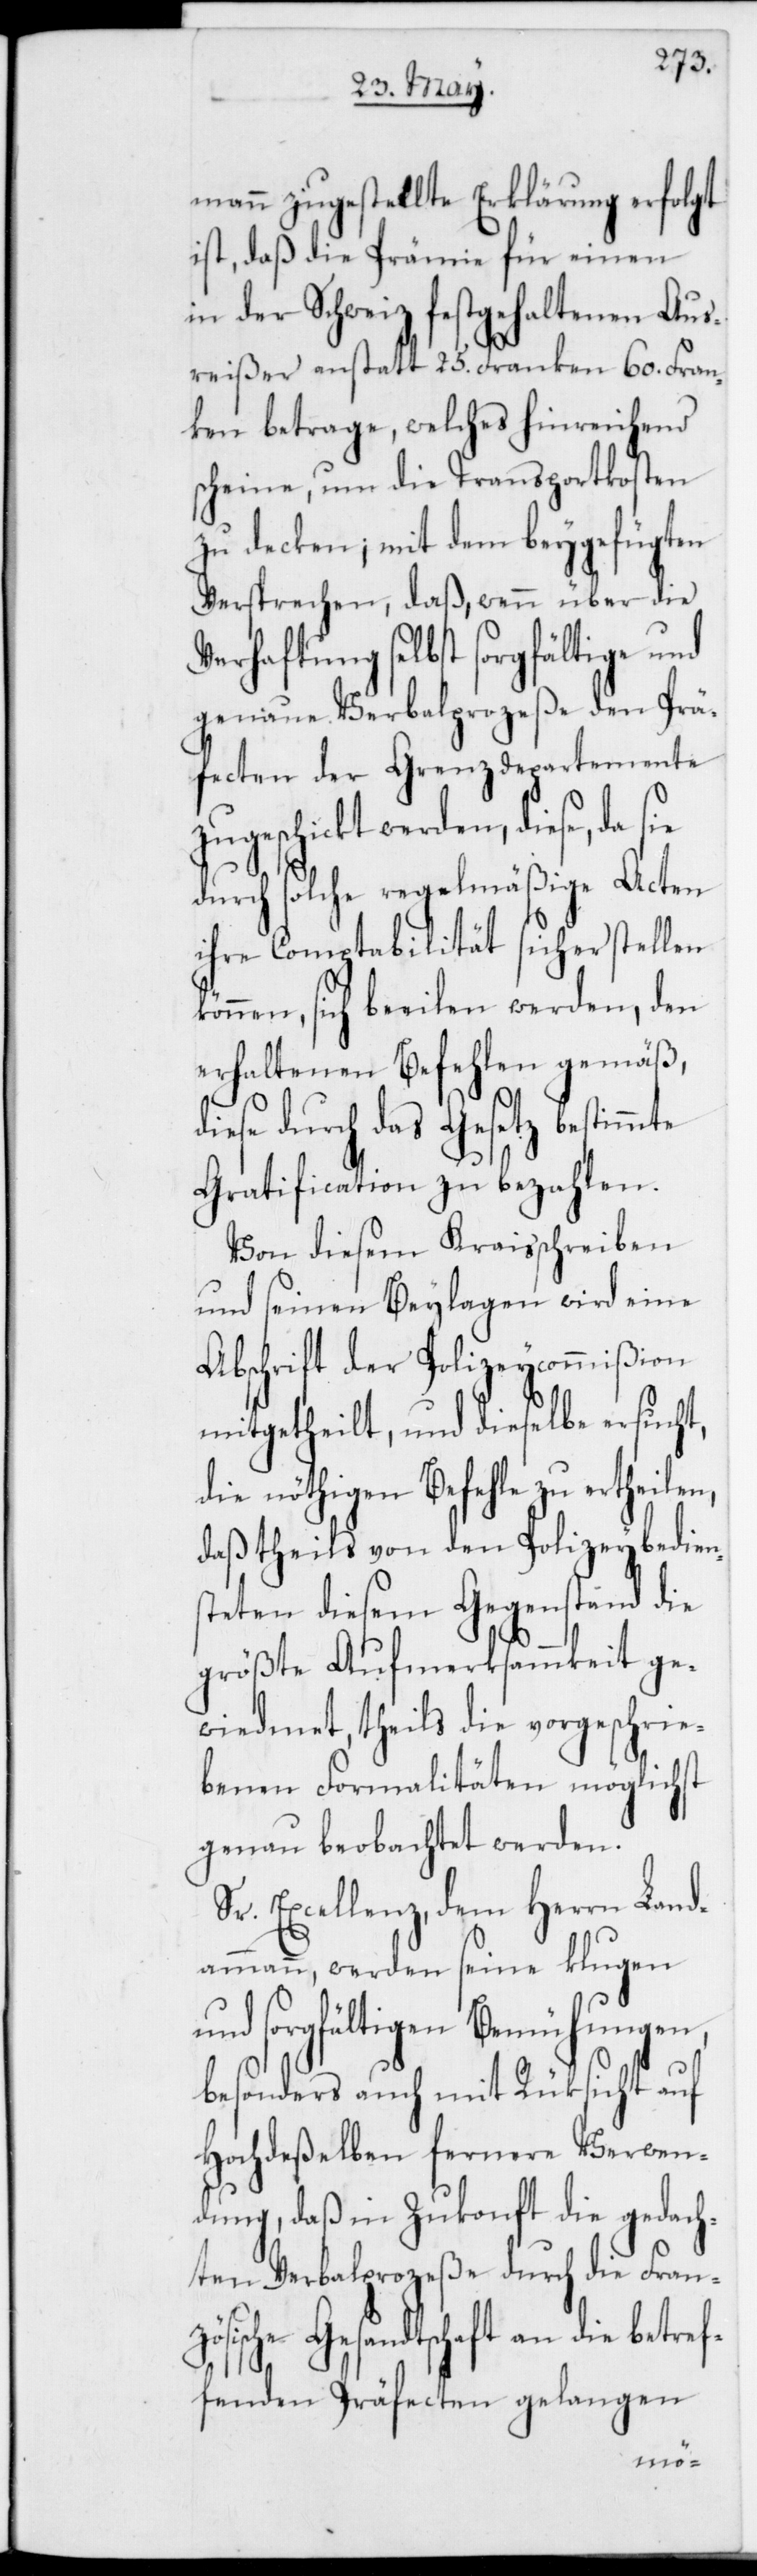
mann zugestellte Erklärung erfolgt
ist, daß die Prämie für einen
in der Schweiz festgehaltenen Aus¬
reißer anstatt 25. Franken 60. Fran¬
ken betrage, welches hinreichend
scheine, um die Transportkosten
zu decken; mit dem beygefügten
Versprechen, daß, wenn über die
Verhaftung selbst sorgfältige und
genaue Verbalprozeße den Prä¬
fecten der Grenzdepartemente
geschickt werden, diese, da
durch solche regelmäßige Acten
ihre Comptabilität sicherstellen
nnen, sich beeilen werden, den
erhaltenen Befehlen gemäß,
diese durch das Gesetz bestimmte
Gratification zu bezahlen.
Von diesem Kreisschreiben
und seinen Beylagen wird eine
Abschrift der Polizeycommißion
mitgetheilt, und dieselbe ersucht,
die nöthigen Befehle zu ertheilen,
daß theils von den Polizeybedien¬
steten diesem Gegenstand die
größte Aufmerksammkeit ge¬
wiedmet, theils die vorgeschrie¬
benen Formalitäten möglichst
genau beobachtet werden.
Sr. Excellenz, dem Herrn Land¬
ammann, werden seine klugen
und sorgfältigen Bemühungen,
besonders auch mit Rücksicht auf
Hochdeßelben fernere Verwen¬
dung, daß in Zukonft die gedach¬
ten Verbalproceße durch die Fran¬
sische Gesandtschaft an die betr¬
effenden Präfecten gelangen
zö¬